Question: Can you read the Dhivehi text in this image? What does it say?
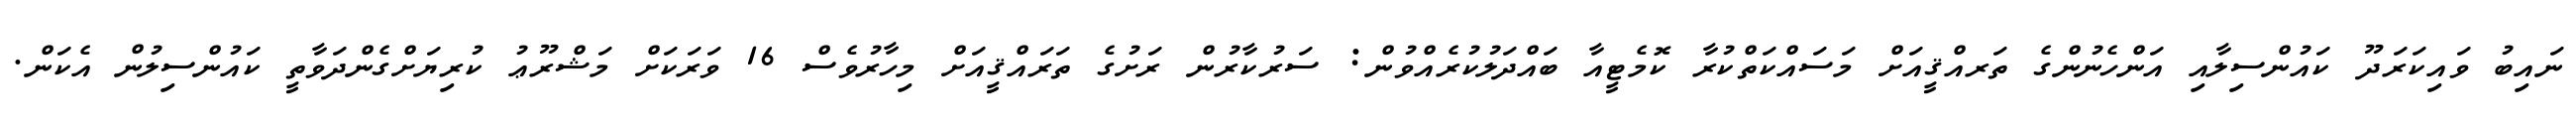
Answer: ނައިބު ވައިކަރަދޫ ކައުންސިލާއި އަންހެނުންގެ ތަރއްޤީއަށް މަސައްކަތްކުރާ ކޮމެޓީއާ ބައްދަލުކުރެއްވުން: ސަރުކާރުން ރަށުގެ ތަރައްޤީއަށް މިހާރުވެސް 16 ވަރަކަށް މަޝްރޫޢު ކުރިޔަށްގެންދަވާތީ ކައުންސިލުން އެކަން.